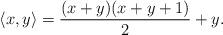
LaTeX: \begin{align*}\langle x,y\rangle = \frac{(x + y)(x + y + 1)}{2} + y.\end{align*}